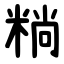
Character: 䊑